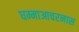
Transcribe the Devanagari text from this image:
धम्माआचरनास